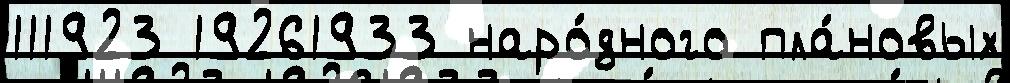
111923 19261933 наро́дного пла́новых